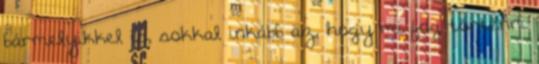
bármelyikkel is, sokkal inkább az, hogy mi fog történni